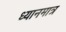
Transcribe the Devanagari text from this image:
ध्यानमात्र